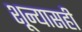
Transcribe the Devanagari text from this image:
शून्यासही